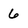
Character: 6